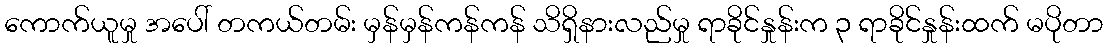
ကောက်ယူမှု အပေါ် တကယ်တမ်း မှန်မှန်ကန်ကန် သိရှိနားလည်မှု ရာခိုင်နှုန်းက ၃ ရာခိုင်နှုန်းထက် မပိုတာ